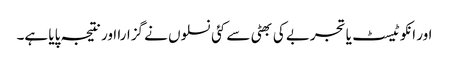
اور انکو ٹیسٹ یا تجربے کی بھٹی سے کئی نسلوں نے گزارا اور نتیجہ پایا ہے۔